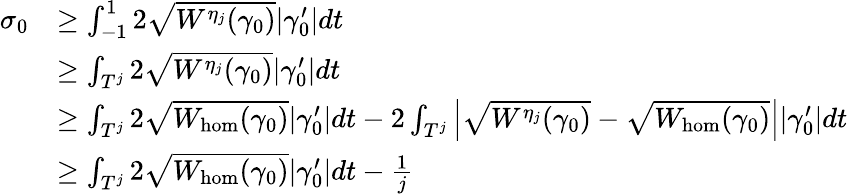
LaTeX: \begin{array}{rl}{\sigma_{0}}&{\geq\int_{-1}^{1}{2\sqrt{W^{\eta_{j}}(\gamma_{0})}|\gamma_{0}^{\prime}|dt}}\\ &{\geq\int_{T^{j}}{2\sqrt{W^{\eta_{j}}(\gamma_{0})}|\gamma_{0}^{\prime}|dt}}\\ &{\geq\int_{T^{j}}{2\sqrt{W_{\mathrm{hom}}(\gamma_{0})}|\gamma_{0}^{\prime}|dt}-2\int_{T^{j}}\left|\sqrt{W^{\eta_{j}}(\gamma_{0})}-\sqrt{{W}_{\mathrm{hom}}(\gamma_{0})}\right||\gamma_{0}^{\prime}|dt}\\ &{\geq\int_{T^{j}}{2\sqrt{W_{\mathrm{hom}}(\gamma_{0})}|\gamma_{0}^{\prime}|dt}-\frac{1}{j}}\end{array}